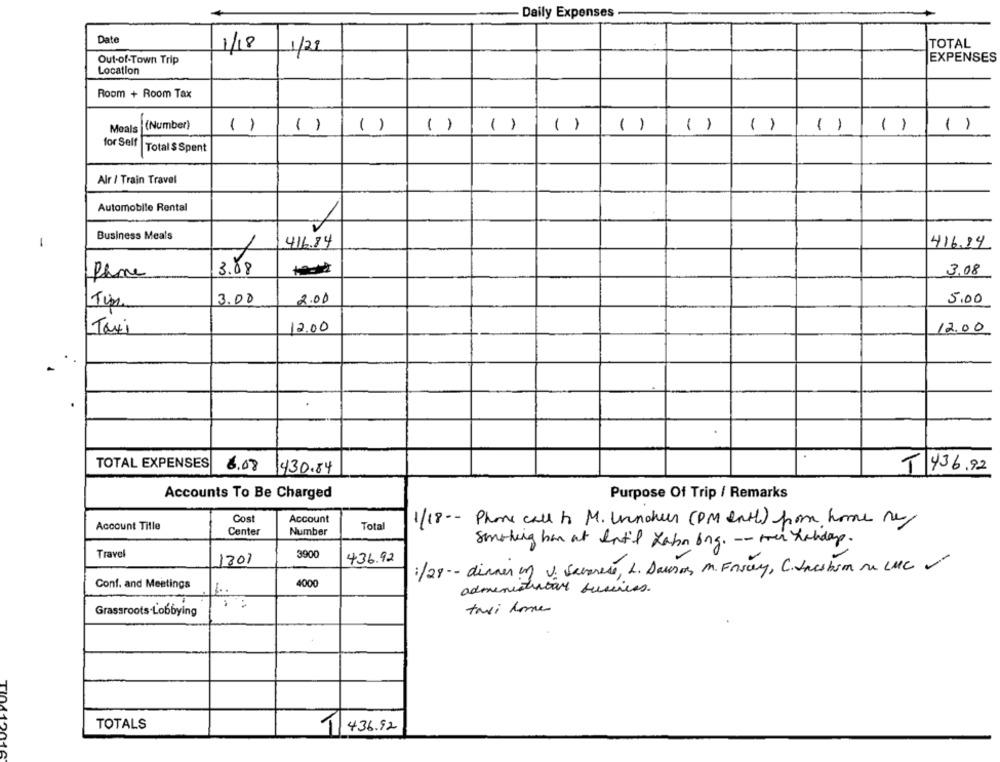
- Daily Expenses
Date
1/18
TOTAL
1/28
Out-of-Town Trip
EXPENSES
Location
Room + Room Tax
Meals
s (Number)
()
()
( )
( )
()
()
( )
()
( )
( )
()
()
for Self
Total $ Spent
Air / Train Travel
Automobile Rental
Business Meals
1
416.84
416.14
Phone
3.88
3.08
2.00
Tips
3.00
5.00
12.00
Taxi
12.00
TOTAL EXPENSES
6.08
430.84
T 436.92
Accounts To Be Charged
Purpose Of Trip / Remarks
Cost
Account
Account Title
Tota
1/18 -- Phone call to M. Under (PM eat) from home ne
Center
Number
smoking han at Int'l Lahn ing. -- mer habday.
Travel
3900
1301
436.92
:/28 -- dinner in J. Savarese, L. Dawson, M. Fascy, C. dnesbom Me LUCY
Conf. and Meetings
4000
administrator business.
taxi home
Grassroots-Lobbying
TOTALS
1150
1/ 436.92